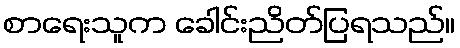
စာရေးသူက ခေါင်းညိတ်ပြရသည်။